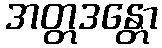
အတ္တဒန္တော